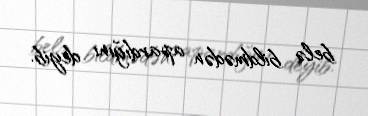
belə bildmədən apardığını deyib.